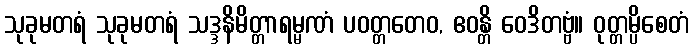
သုခုမတရံ သုခုမတရံ သဒ္ဒနိမိတ္တာရမ္မဏံ ပဝတ္တတေဝ, ဧဝန္တိ ဝေဒိတဗ္ဗံ။ ဝုတ္တမ္ပိစေတံ